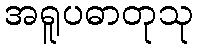
အရူပဓာတုသု